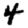
Digit: 4